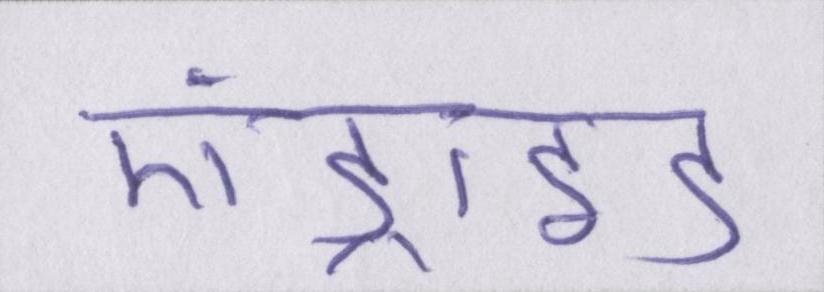
एंड्राइड